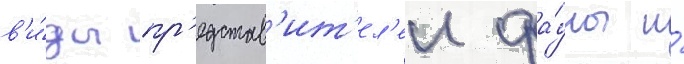
в'и́ды пр'едстав'ит'ел'еи фа́уны и́